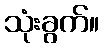
သုံးခွက်။